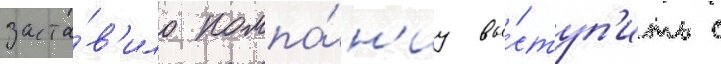
заста́в'ило компа́н'иу вы́ступ'ить с